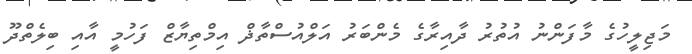
މަޖިލީހުގެ މާފަންނު އުތުރު ދާއިރާގެ މެންބަރު އަލްއުސްތާޛް އިމްތިޔާޒް ފަހުމީ އާއި ބިލެތްދޫ